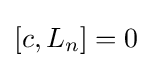
[c,L_{n}]=0